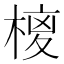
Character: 𭫉